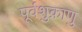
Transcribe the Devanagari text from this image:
पूर्वशुक्राणु